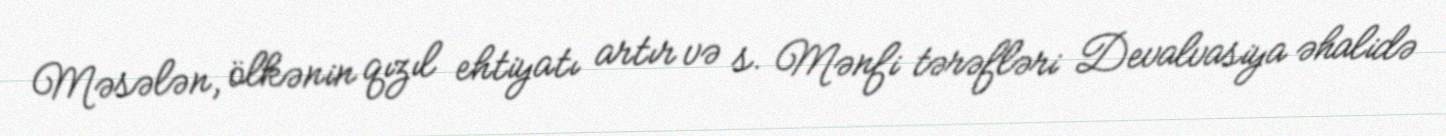
Məsələn, ölkənin qızıl ehtiyatı artır və s. Mənfi tərəfləri Devalvasiya əhalidə